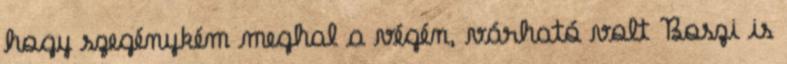
hogy szegénykém meghal a végén, várható volt Boszi is